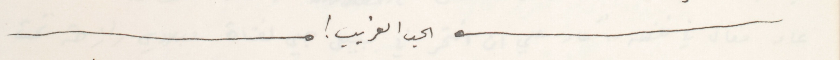
الحب الغريب !